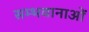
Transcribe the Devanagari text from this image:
सम्भवानाओं